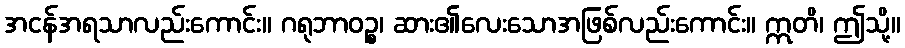
အငန်အရသာလည်းကောင်း။ ဂရုဘာဝဉ္စ၊ ဆား၏လေးသောအဖြစ်လည်းကောင်း။ ဣတိ၊ ဤသို့။